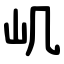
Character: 㞦